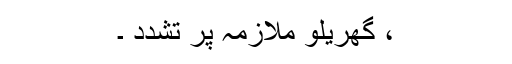
، گھریلو ملازمہ پر تشدد ۔